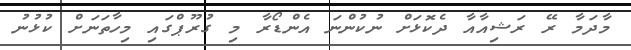
މާދަމާ ރޭ ރަޝިއާއާ ދެކޮޅަށް ނުކުންނަ އެންޑޯރާ މި ގުރޫޕްގައި މިހާތަނަށް ކުޅުނު